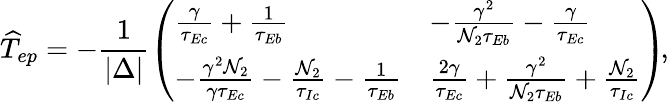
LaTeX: \widehat{T}_{ep}=-\frac{1}{|\Delta|}\left(\begin{array}{ll}{\frac{\gamma}{\tau_{Ec}}+\frac{1}{\tau_{Eb}}}&{-\frac{\gamma^{2}}{\mathcal{N}_{2}\tau_{Eb}}-\frac{\gamma}{\tau_{Ec}}}\\ {-\frac{\gamma^{2}\mathcal{N}_{2}}{\gamma\tau_{Ec}}-\frac{\mathcal{N}_{2}}{\tau_{Ic}}-\frac{1}{\tau_{Eb}}}&{\frac{2\gamma}{\tau_{Ec}}+\frac{\gamma^{2}}{\mathcal{N}_{2}\tau_{Eb}}+\frac{\mathcal{N}_{2}}{\tau_{Ic}}}\end{array}\right)\! ,